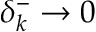
\delta _ { k } ^ { - } \to 0